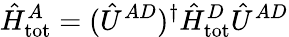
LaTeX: \hat{H}_{\mathrm{tot}}^{A}=(\hat{U}^{AD})^{\dagger}\hat{H}_{\mathrm{tot}}^{D}\hat{U}^{AD}